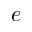
e